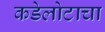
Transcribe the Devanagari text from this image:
कडेलोटाचा